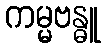
ကမ္မဗန္ဓူ